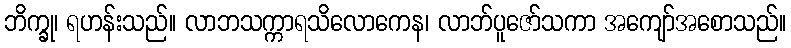
ဘိက္ခု၊ ရဟန်းသည်။ လာဘသက္ကာရသိလောကေန၊ လာဘ်ပူဇော်သကာ အကျော်အစောသည်။